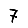
Digit: 7